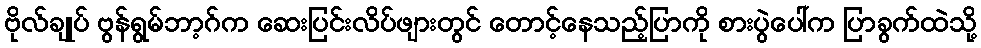
ဗိုလ်ချုပ် ဗွန်ရွမ်ဘာ့ဂ်က ဆေးပြင်းလိပ်ဖျားတွင် တောင့်နေသည့်ပြာကို စားပွဲပေါ်က ပြာခွက်ထဲသို့